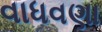
વાધવણા